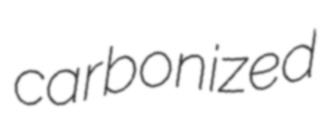
carbonized